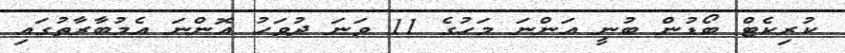
ކުރިކެޓް ބޯޑުން ބުނީ އަންނަ މަހުގެ 11 ވަނަ ދުވަހު އޮންނަ އެމުބާރާތުގައި